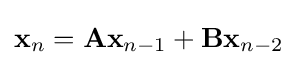
\mathbf {x} _{n}=\mathbf {Ax} _{n-1}+\mathbf {Bx} _{n-2}